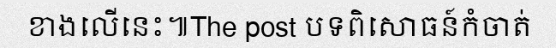
ខាងលើនេះ៕The post បទពិសោធន៍កំចាត់